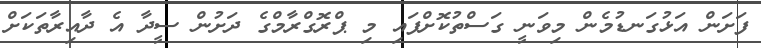
ފަށަން އަޅުގަނޑުމެން މިވަނީ ގަސްތުކޮށްފައި މި ޕްރޮގްރާމްގެ ދަށުން ސީދާ އެ ދާއިރާތަކަށް